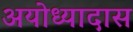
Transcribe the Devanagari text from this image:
अयोध्यादास